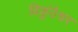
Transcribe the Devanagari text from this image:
विकुंठेश्वर